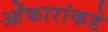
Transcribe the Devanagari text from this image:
ओंकारांकडे